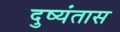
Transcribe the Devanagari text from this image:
दुष्यंतास